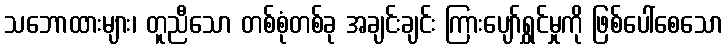
သဘောထားများ၊ တူညီသော တစ်စုံတစ်ခု အချင်းချင်း ကြားပျော်ရွှင်မှုကို ဖြစ်ပေါ်စေသော